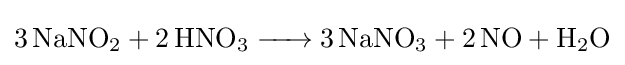
{\ce {3NaNO2 + 2HNO3 -> 3NaNO3 + 2 NO + H2O}}